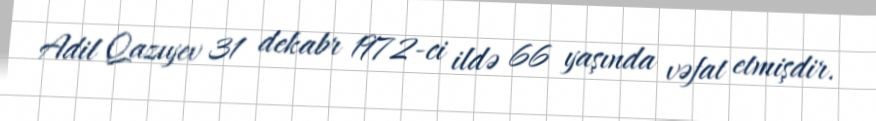
Adil Qazıyev 31 dekabr 1972-ci ildə 66 yaşında vəfat etmişdir.